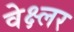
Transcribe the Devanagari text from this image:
वेक्ष्लर